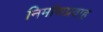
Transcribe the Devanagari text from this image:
निर्माणप्रवाह